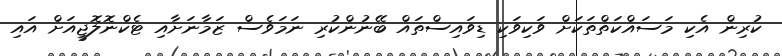
ކުރިން އެކި މަސައްކަތްތަކަށް ވަކިވަކި ޑިވައިސްތައް ބޭނުންކުރި ނަމަވެސް ޒަމާނަށާއި ޓެކްނޮލޮޖީއަށް އަައި